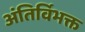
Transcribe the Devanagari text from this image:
अंतिर्विभक्त